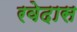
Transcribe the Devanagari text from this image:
रवेदास